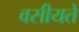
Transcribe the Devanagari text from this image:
वसीयतें